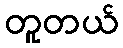
တူတယ်